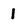
Character: 1